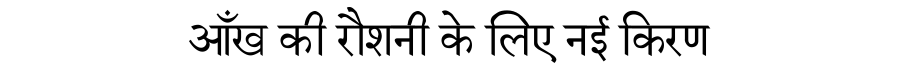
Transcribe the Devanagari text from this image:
आँख की रौशनी के लिए नई किरण